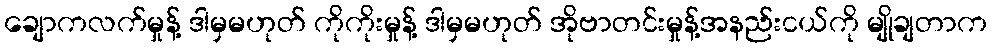
ချောကလက်မှုန့် ဒါမှမဟုတ် ကိုကိုးမှုန့် ဒါမှမဟုတ် အိုဗာတင်းမှုန့်အနည်းငယ်ကို မျိုချတာက